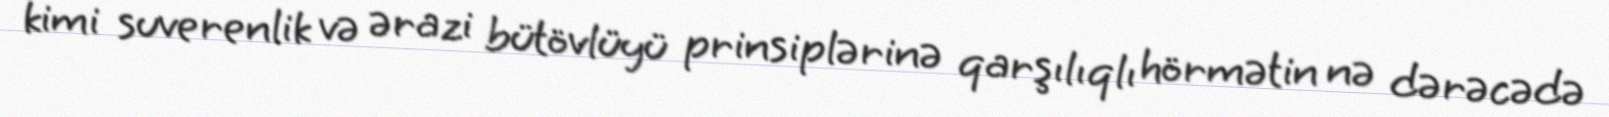
kimi suverenlik və ərazi bütövlüyü prinsiplərinə qarşılıqlı hörmətin nə dərəcədə